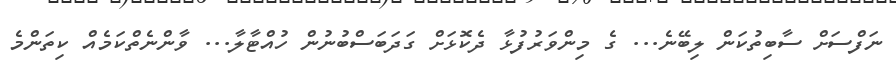
ނަފްސަށް ސާބިތުކަން ލިބޭނެ... ގެ މިންވަރުފުޅާ ދެކޮޅަށް ގަދަބަސްބުނުން ހުއްޓާލާ... ވާންނެތްކަމެއް ކިތަންމެ